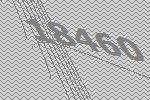
18460